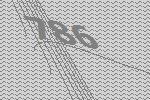
786